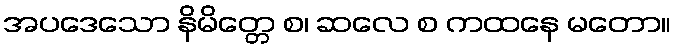
အပဒေသော နိမိတ္တေ စ၊ ဆလေ စ ကထနေ မတော။